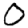
Digit: 0